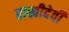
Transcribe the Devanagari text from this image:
राखीदेवी